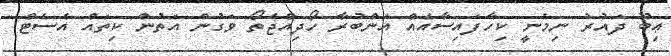
ޢިބޫ ދައުރު ނިމެނީ ކިހާފައިސާއެއް އަންބުރާ ހޯދިއްޖެތޯ ވަގުން އަތުން ކިތައް އެސެޓް